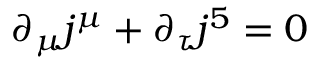
\partial _ { \mu } j ^ { \mu } + \partial _ { \tau } j ^ { 5 } = 0